Report on the working of the Ranchi Indian Mental Hospital, Kanke, in Bihar and Orissa - 1930-1940
Year: 1930
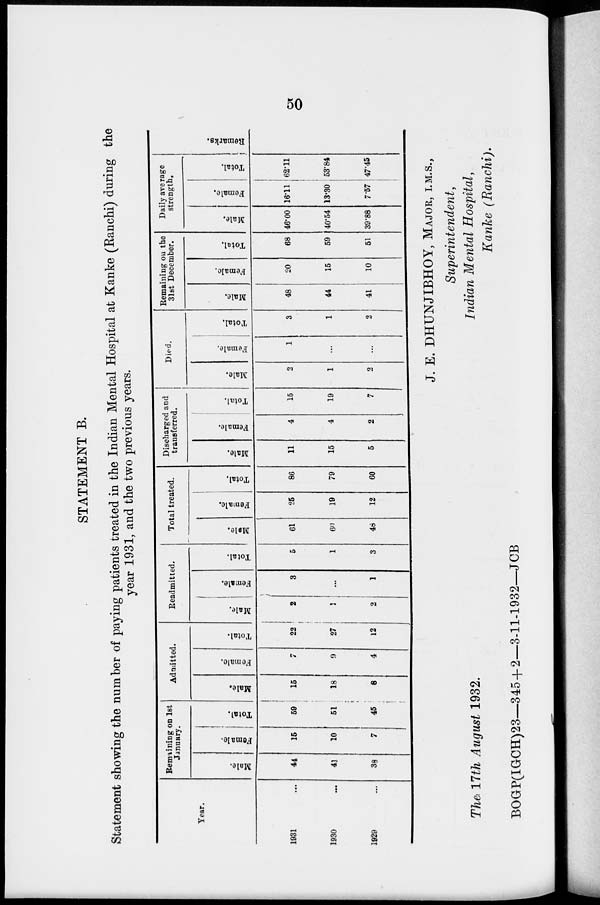
50
STATEMENT B.
Statement showing the number of paying patients treated in the Indian Mental Hospital at Kanke (Ranchi) during the
year 1931, and the two previous years.
Year.
1931...
1930
...
1929
Remaining on 1st
January.
Male.
44
41
38
Female.
15
10
7
Total.
59
51
45
Admitted.
Male.
15
18
8
Female.
7
9
4
Total.
22
27
12
Readmitted.
Male.
2
1
2
Female.
3
...
1
Total.
5
1
3
Total treated.
Male.
61
60
48
Female.
25
19
12
Total.
86
79
60
Discharged and
transferred.
Male.
11
15
5
Female.
4
4
2
Total.
15
19
7
Died.
Male.
2
1
2
Female.
1
...
...
Total.
3
1
2
Remaining on the
31st December.
Male.
48
44
41
Female.
20
15
10
Total.
68
59
51
Daily average
strength.
Male.
46.00
40.54
39.88
Female.
16.11
13.30
7.57
Total.
62.11
53.84
47.45
Remarks.
J. E. DHUNJIBHOY, MAJOR, I.M.S.,
Superintendent,
Indian Mental Hospital,
Kanke (Ranchi).
The 17th August 1932.
BOGP(IGCH)23—345 + 2—3-11-1932—JCB